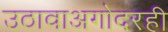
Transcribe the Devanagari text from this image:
उठावाअगोदरही